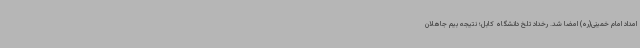
امداد امام خمینی(ره) امضا شد. رخداد تلخ دانشگاه کابل؛ نتیجه بیم جاهلان